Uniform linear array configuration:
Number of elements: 48
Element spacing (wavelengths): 0.25
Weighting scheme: cosine
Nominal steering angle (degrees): -30
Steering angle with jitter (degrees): -29.867
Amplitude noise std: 0.05
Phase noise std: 0.05

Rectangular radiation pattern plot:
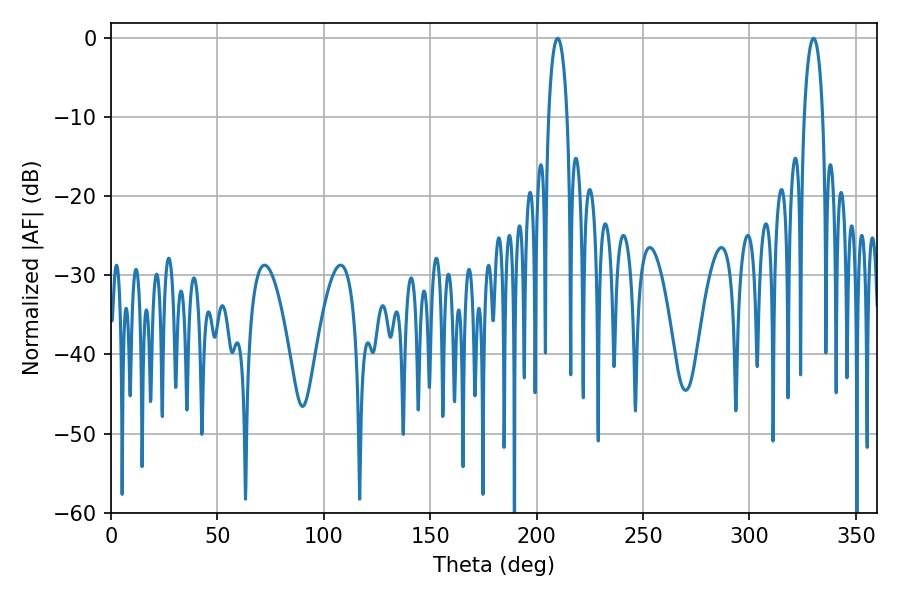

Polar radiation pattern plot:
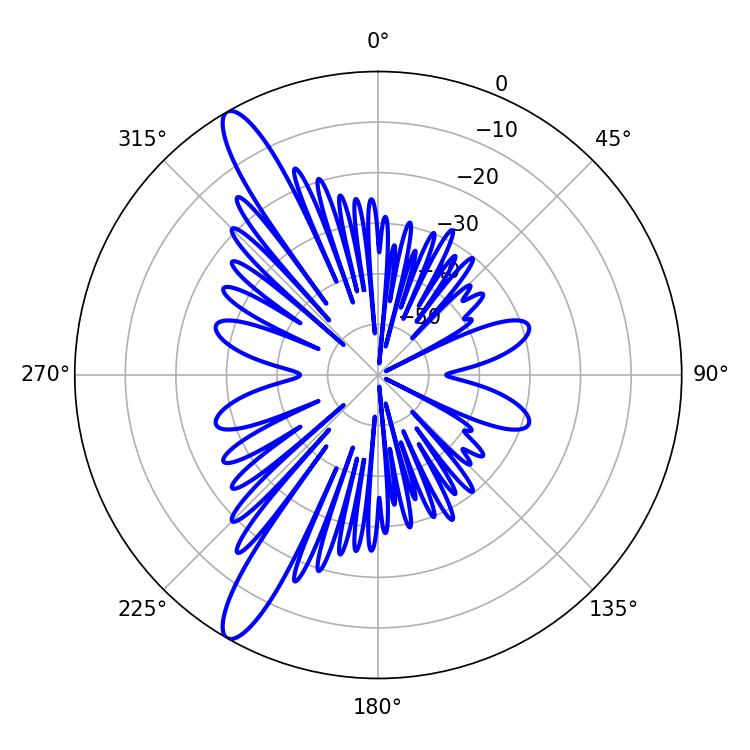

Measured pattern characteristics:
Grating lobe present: FALSE
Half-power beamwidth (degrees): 5.04
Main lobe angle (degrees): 209.88